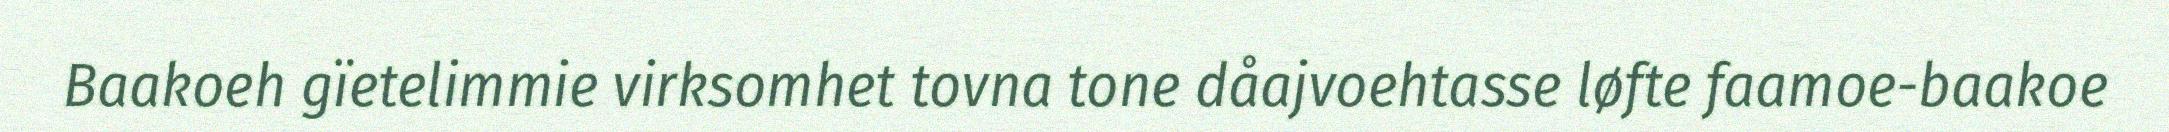
Baakoeh gïetelimmie virksomhet tovna tone dåajvoehtasse løfte faamoe-baakoe